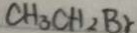
C H _ { 3 } C H _ { 2 } B r